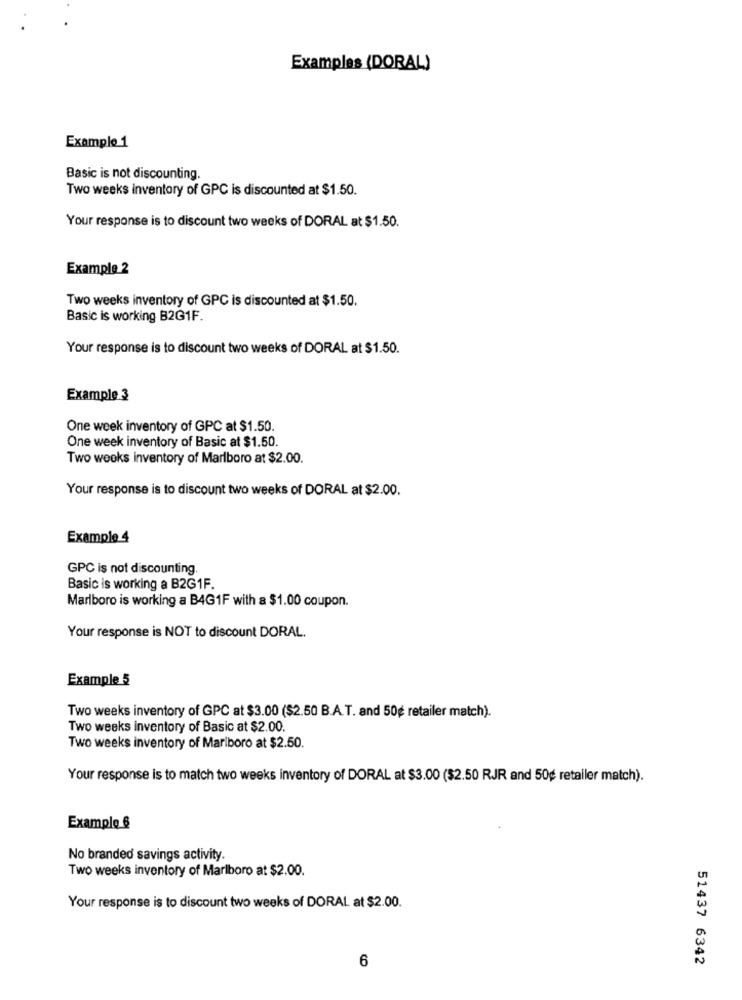
Examples (DORAL)
Example 1
Basic is not discounting.
Two weeks inventory of GPC is discounted at $1.50.
Your response is to discount two weeks of DORAL at $1.50.
Example 2
Two weeks inventory of GPC is discounted at $1.50.
Basic is working B2G1F.
Your response is to discount two weeks of DORAL at $1.50.
Example 3
One week inventory of GPC at $1.50.
One week inventory of Basic at $1.50.
Two weeks inventory of Marlboro at $2.00.
Your response is to discount two weeks of DORAL at $2.00.
Example 4
GPC is not discounting.
Basic is working a B2G1F.
Marlboro is working a B4G1F with a $1.00 coupon.
Your response is NOT to discount DORAL.
Example 5
Two weeks inventory of GPC at $3.00 ($2.50 B.A.T. and 50g retailer match).
Two weeks inventory of Basic at $2.00.
Two weeks inventory of Marlboro at $2.50.
Your response is to match two weeks inventory of DORAL at $3.00 ($2.50 RJR and 50g retailer match).
Example 6
No branded savings activity.
Two weeks inventory of Marlboro at $2.00.
Your response is to discount two weeks of DORAL at $2.00.
51437 6342
6